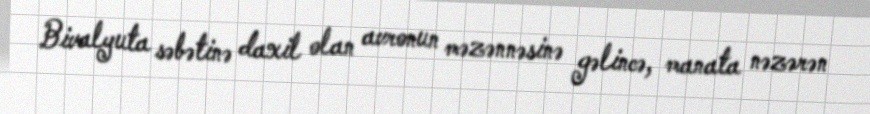
Bivalyuta səbətinə daxil olan avronun məzənnəsinə gəlincə, manata nəzərən